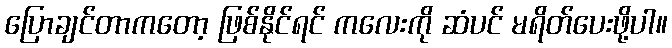
ပြောချင်တာကတော့ ဖြစ်နိုင်ရင် ကလေးကို ဆံပင် မရိတ်ပေးဖို့ပါ။